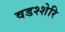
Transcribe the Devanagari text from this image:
वडश्शेरि